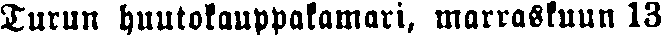
Turun huutokauppakamari, marraskuun 13